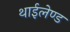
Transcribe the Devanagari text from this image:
थाईलेण्ड